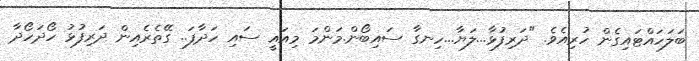
ބަލަހައްޓައިގެން ހުރިއެވެ. "ދަރިފުޅާ...ލަޔާ...ހިނގާ ސައިބޯން.މަންމަ މިއައީ ސައި ހަދާފަ.. ގޭތެރެއިން ދަރިފުޅު ހޯދަހޯދާ